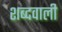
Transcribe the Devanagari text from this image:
शब्दवाली